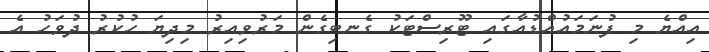
އިއްޔެ މި ފުނަމައުއްޑުއާގައި ޓޫރިސްޓަކު ގެނބިގެން މަރުވިއިރު މިދިޔަ ހުކުރު ދުވަހު އެ